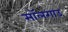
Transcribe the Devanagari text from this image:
सॉलगाउ